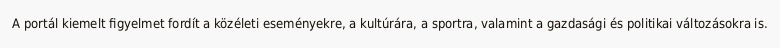
A portál kiemelt figyelmet fordít a közéleti eseményekre, a kultúrára, a sportra, valamint a gazdasági és politikai változásokra is.